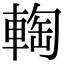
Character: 𨌨